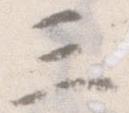
三